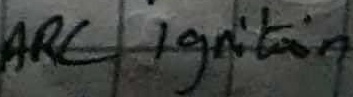
Text: ARC Ignition